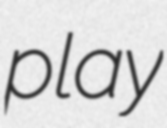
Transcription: play